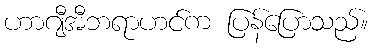
ဟာဂျီအီဘရာဟင်က ပြန်ပြောသည်။